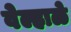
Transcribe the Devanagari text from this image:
वेल्हाळे